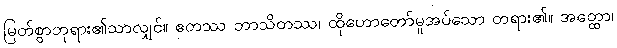
မြတ်စွာဘုရား၏သာလျှင်။ ဧတဿ ဘာသိတဿ၊ ထိုဟောတော်မူအပ်သော တရား၏။ အတ္ထော၊